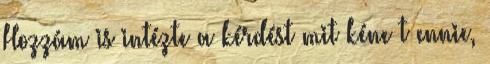
Hozzám is intézte a kérdést mit kéne t ennie,